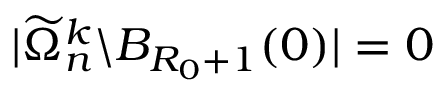
| \widetilde \Omega _ { n } ^ { k } \backslash B _ { R _ { 0 } + 1 } ( 0 ) | = 0